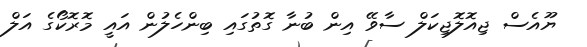
ޔޫއެސް ޖިއޮލޮޖިކަލް ސާވޭ އިން ބުނާ ގޮތުގައި ބިންހެލުން އައީ މޮރޮކޯގެ އަލް